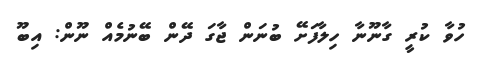
ހުވާ ކުރީ ގާނޫނާ ހިލާފަށޭ ބުނަން ޖާގަ ދޭން ބޭނުމެއް ނޫން: އިބޫ